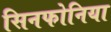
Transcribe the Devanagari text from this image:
सिनफोनिया